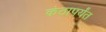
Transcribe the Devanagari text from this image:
कंठापर्यंत